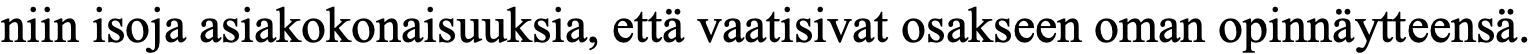
niin isoja asiakokonaisuuksia, että vaatisivat osakseen oman opinnäytteensä.